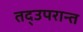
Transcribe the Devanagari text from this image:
तद्उपरान्त